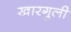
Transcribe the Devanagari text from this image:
खारगुली